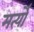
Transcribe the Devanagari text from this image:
मर्त्यों